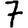
Digit: 7